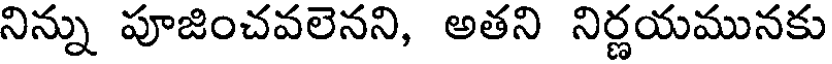
నిన్ను పూజించవలెనని, అతని నిర్ణయమునకు